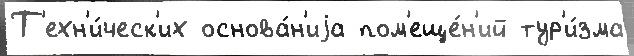
Т'ехн'и́ческ'их основа́н'иjа пом'еще́н'ий тур'и́зма